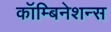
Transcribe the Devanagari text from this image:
कॉम्बिनेशन्स